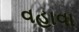
વહાવા